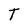
Character: T